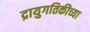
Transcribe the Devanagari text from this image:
द्रायुगतिकीच्या